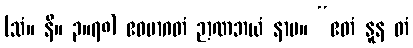
(သံ။ နိ။ ၃။၇၈) ဧဝမာဂတံ ဉာဏဘယံ နာမ။ “ဧတံ နူန တံ